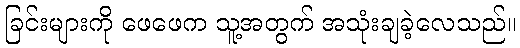
ခြင်းများကို ဖေဖေက သူ့အတွက် အသုံးချခဲ့လေသည်။